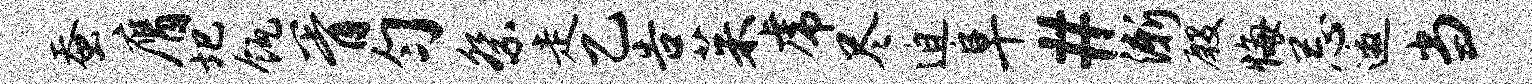
蚕膺圯瓴胥匀祭走乙告茱虎尽迫阜#渐殷悔忌邀当